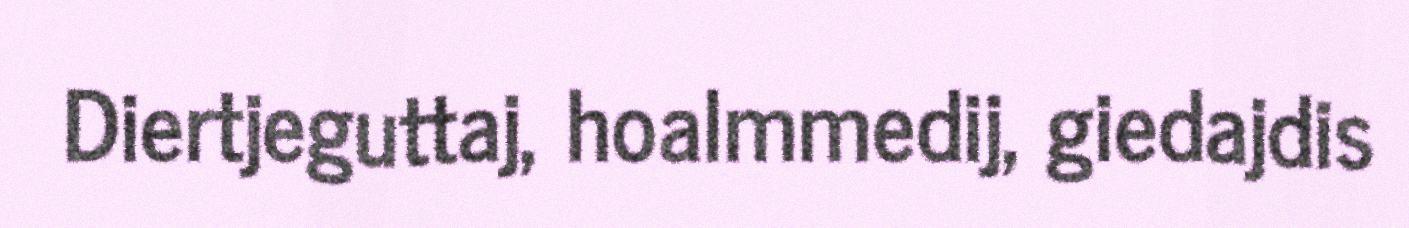
Diertjeguttaj, hoalmmedij, giedajdis